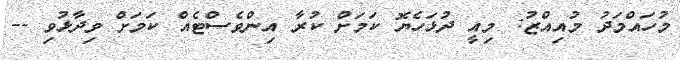
މުހައްމަދު މުއިއްޒު: މިއީ ދުޅަހެޔޮ ކަމަށް ކުރާ އިންވެސްޓެއް ކަމަށް ވިދާޅުވި --